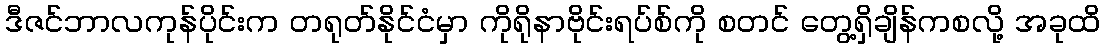
ဒီဇင်ဘာလကုန်ပိုင်းက တရုတ်နိုင်ငံမှာ ကိုရိုနာဗိုင်းရပ်စ်ကို စတင် တွေ့ရှိချိန်ကစလို့ အခုထိ